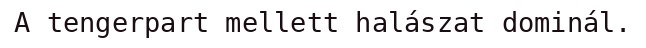
A tengerpart mellett halászat dominál.